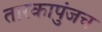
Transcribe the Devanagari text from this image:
तारकापुंजच